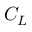
C _ { L }